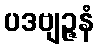
ပဒဗျဉ္ဇနံ